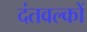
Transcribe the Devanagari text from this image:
दंतवल्कों